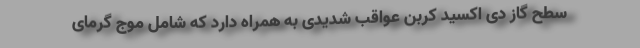
سطح گاز دی اکسید کربن عواقب شدیدی به همراه دارد که شامل موج گرمای